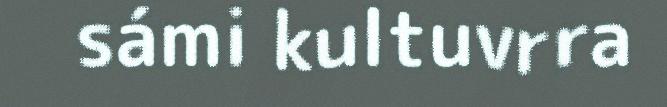
sámi kultuvrra